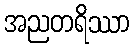
အညတရိဿာ